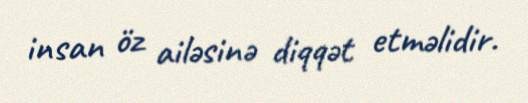
insan öz ailəsinə diqqət etməlidir.